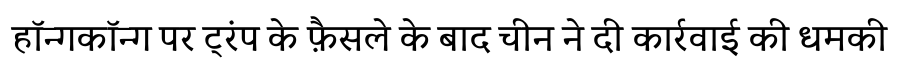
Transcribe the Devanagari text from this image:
हॉन्गकॉन्ग पर ट्रंप के फ़ैसले के बाद चीन ने दी कार्रवाई की धमकी